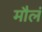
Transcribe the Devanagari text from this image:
मौलं